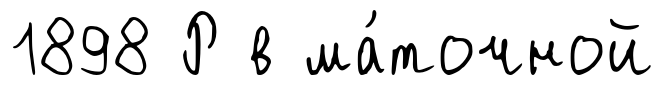
1898 Р в ма́точной